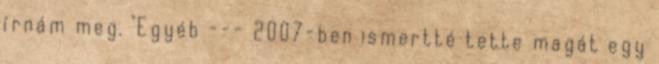
írnám meg. "Egyéb --- 2007-ben ismertté tette magát egy